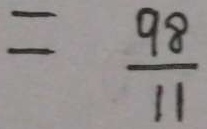
= \frac { 9 8 } { 1 1 }